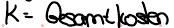
K = Gesamtkosten